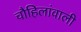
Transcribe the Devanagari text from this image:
चौहिलांवाली